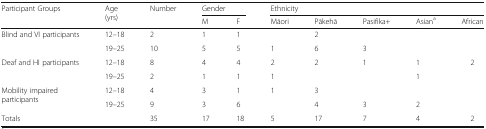
<table><thead><tr><td rowspan="2"><b>Participant Groups</b></td><td rowspan="2"><b>Age (yrs)</b></td><td rowspan="2"><b>Number</b></td><td colspan="2"><b>Gender</b></td><td colspan="5"><b>Ethnicity</b></td></tr><tr><td><b>M</b></td><td><b>F</b></td><td><b>Māori</b></td><td><b>Pākehā</b></td><td><b>Pasifika+</b></td><td><b>Asian<sup>a</sup></b></td><td><b>African</b></td></tr></thead><tbody><tr><td rowspan="2">Blind and VI participants</td><td>12–18</td><td>2</td><td>1</td><td>1</td><td></td><td>2</td><td></td><td></td><td></td></tr><tr><td>19–25</td><td>10</td><td>5</td><td>5</td><td>1</td><td>6</td><td>3</td><td></td><td></td></tr><tr><td rowspan="2">Deaf and HI participants</td><td>12–18</td><td>8</td><td>4</td><td>4</td><td>2</td><td>2</td><td>1</td><td>1</td><td>2</td></tr><tr><td>19–25</td><td>2</td><td>1</td><td>1</td><td>1</td><td></td><td></td><td>1</td><td></td></tr><tr><td rowspan="2">Mobility impairedparticipants</td><td>12–18</td><td>4</td><td>3</td><td>1</td><td>1</td><td>3</td><td></td><td></td><td></td></tr><tr><td>19–25</td><td>9</td><td>3</td><td>6</td><td></td><td>4</td><td>3</td><td>2</td><td></td></tr><tr><td>Totals</td><td></td><td>35</td><td>17</td><td>18</td><td>5</td><td>17</td><td>7</td><td>4</td><td>2</td></tr></tbody></table>